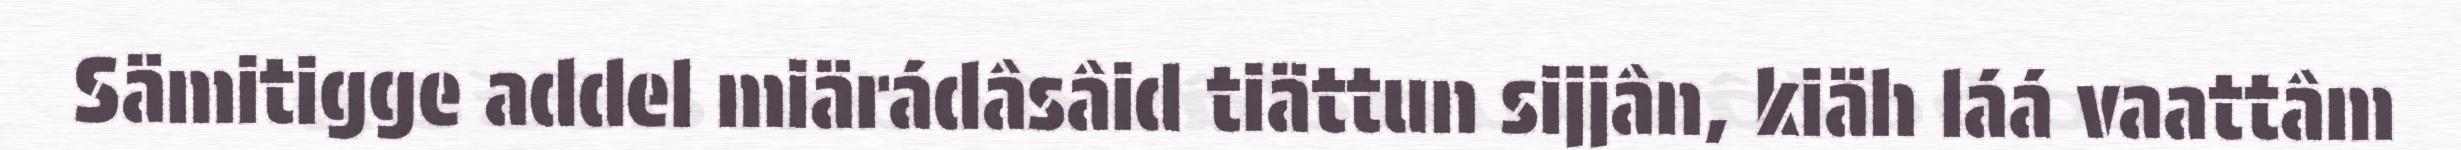
Sämitigge addel miärádâsâid tiättun sijjân, kiäh láá vaattâm